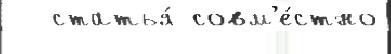
  статья́ совм'е́стно